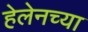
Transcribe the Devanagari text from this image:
हेलेनच्या